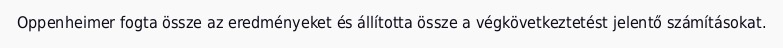
Oppenheimer fogta össze az eredményeket és állította össze a végkövetkeztetést jelentő számításokat.